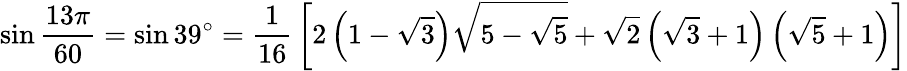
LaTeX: \sin{\frac{13\pi}{60}}=\sin 39^{\circ}={\frac{1}{16}}\left[2\left(1-{\sqrt{3}}\right){\sqrt{5-{\sqrt{5}}}}+{\sqrt{2}}\left({\sqrt{3}}+1\right)\left({\sqrt{5}}+1\right)\right]